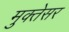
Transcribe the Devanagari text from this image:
मुक्तेसर